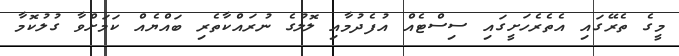
މީގެ ތެރޭގައި އެތެރެހަށީގައި ސިސްޓެއް އުފެދުމާއި ލޮލުގެ ނުރައްކާތެރި ބައްޔެއް ކަަމަށްވާ ގުލުކޮމާ